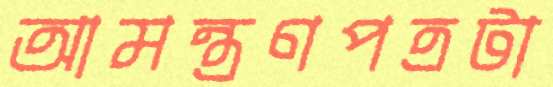
আমন্ত্রণপত্রটা